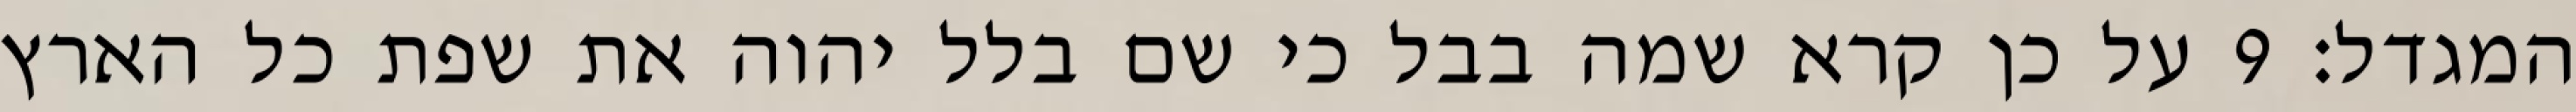
המגדל׃ ‎9‏ על כן קרא שמה בבל כי שם בלל יהוה את שפת כל הארץ